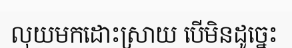
លុយមកដោះស្រាយ បើមិនដូច្នេះ